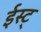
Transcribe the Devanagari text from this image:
ईस्ट्